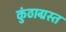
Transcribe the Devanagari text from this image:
कुंठाग्रस्त